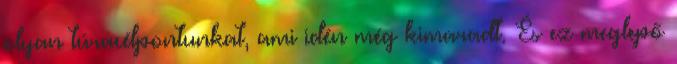
olyan túracélpontunkat, ami idén még kimaradt. És ez meglepő